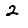
Digit: 2